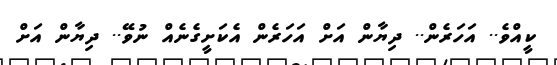
ކީއްވެ.. އަހަރެން.. ދިޔާން އަށް އަހަރެން އެކަށީގެނެއް ނުވޭ.. ދިޔާން އަށް